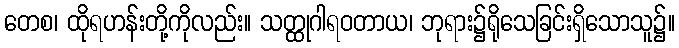
တေစ၊ ထိုရဟန်းတို့ကိုလည်း။ သတ္ထုဂါရဝတာယ၊ ဘုရား၌ရိုသေခြင်းရှိသောသူ၌။